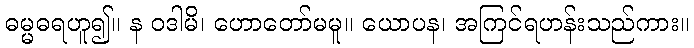
ဓမ္မဓရဟူ၍။ န ဝဒါမိ၊ ဟောတော်မမူ။ ယောပန၊ အကြင်ရဟန်းသည်ကား။